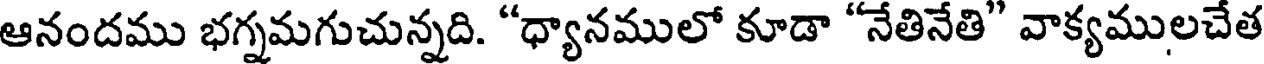
ఆనందము భగ్నమగుచున్నది. "ధ్యానములో కూడా "నేతినేతి" వాక్యములచేత